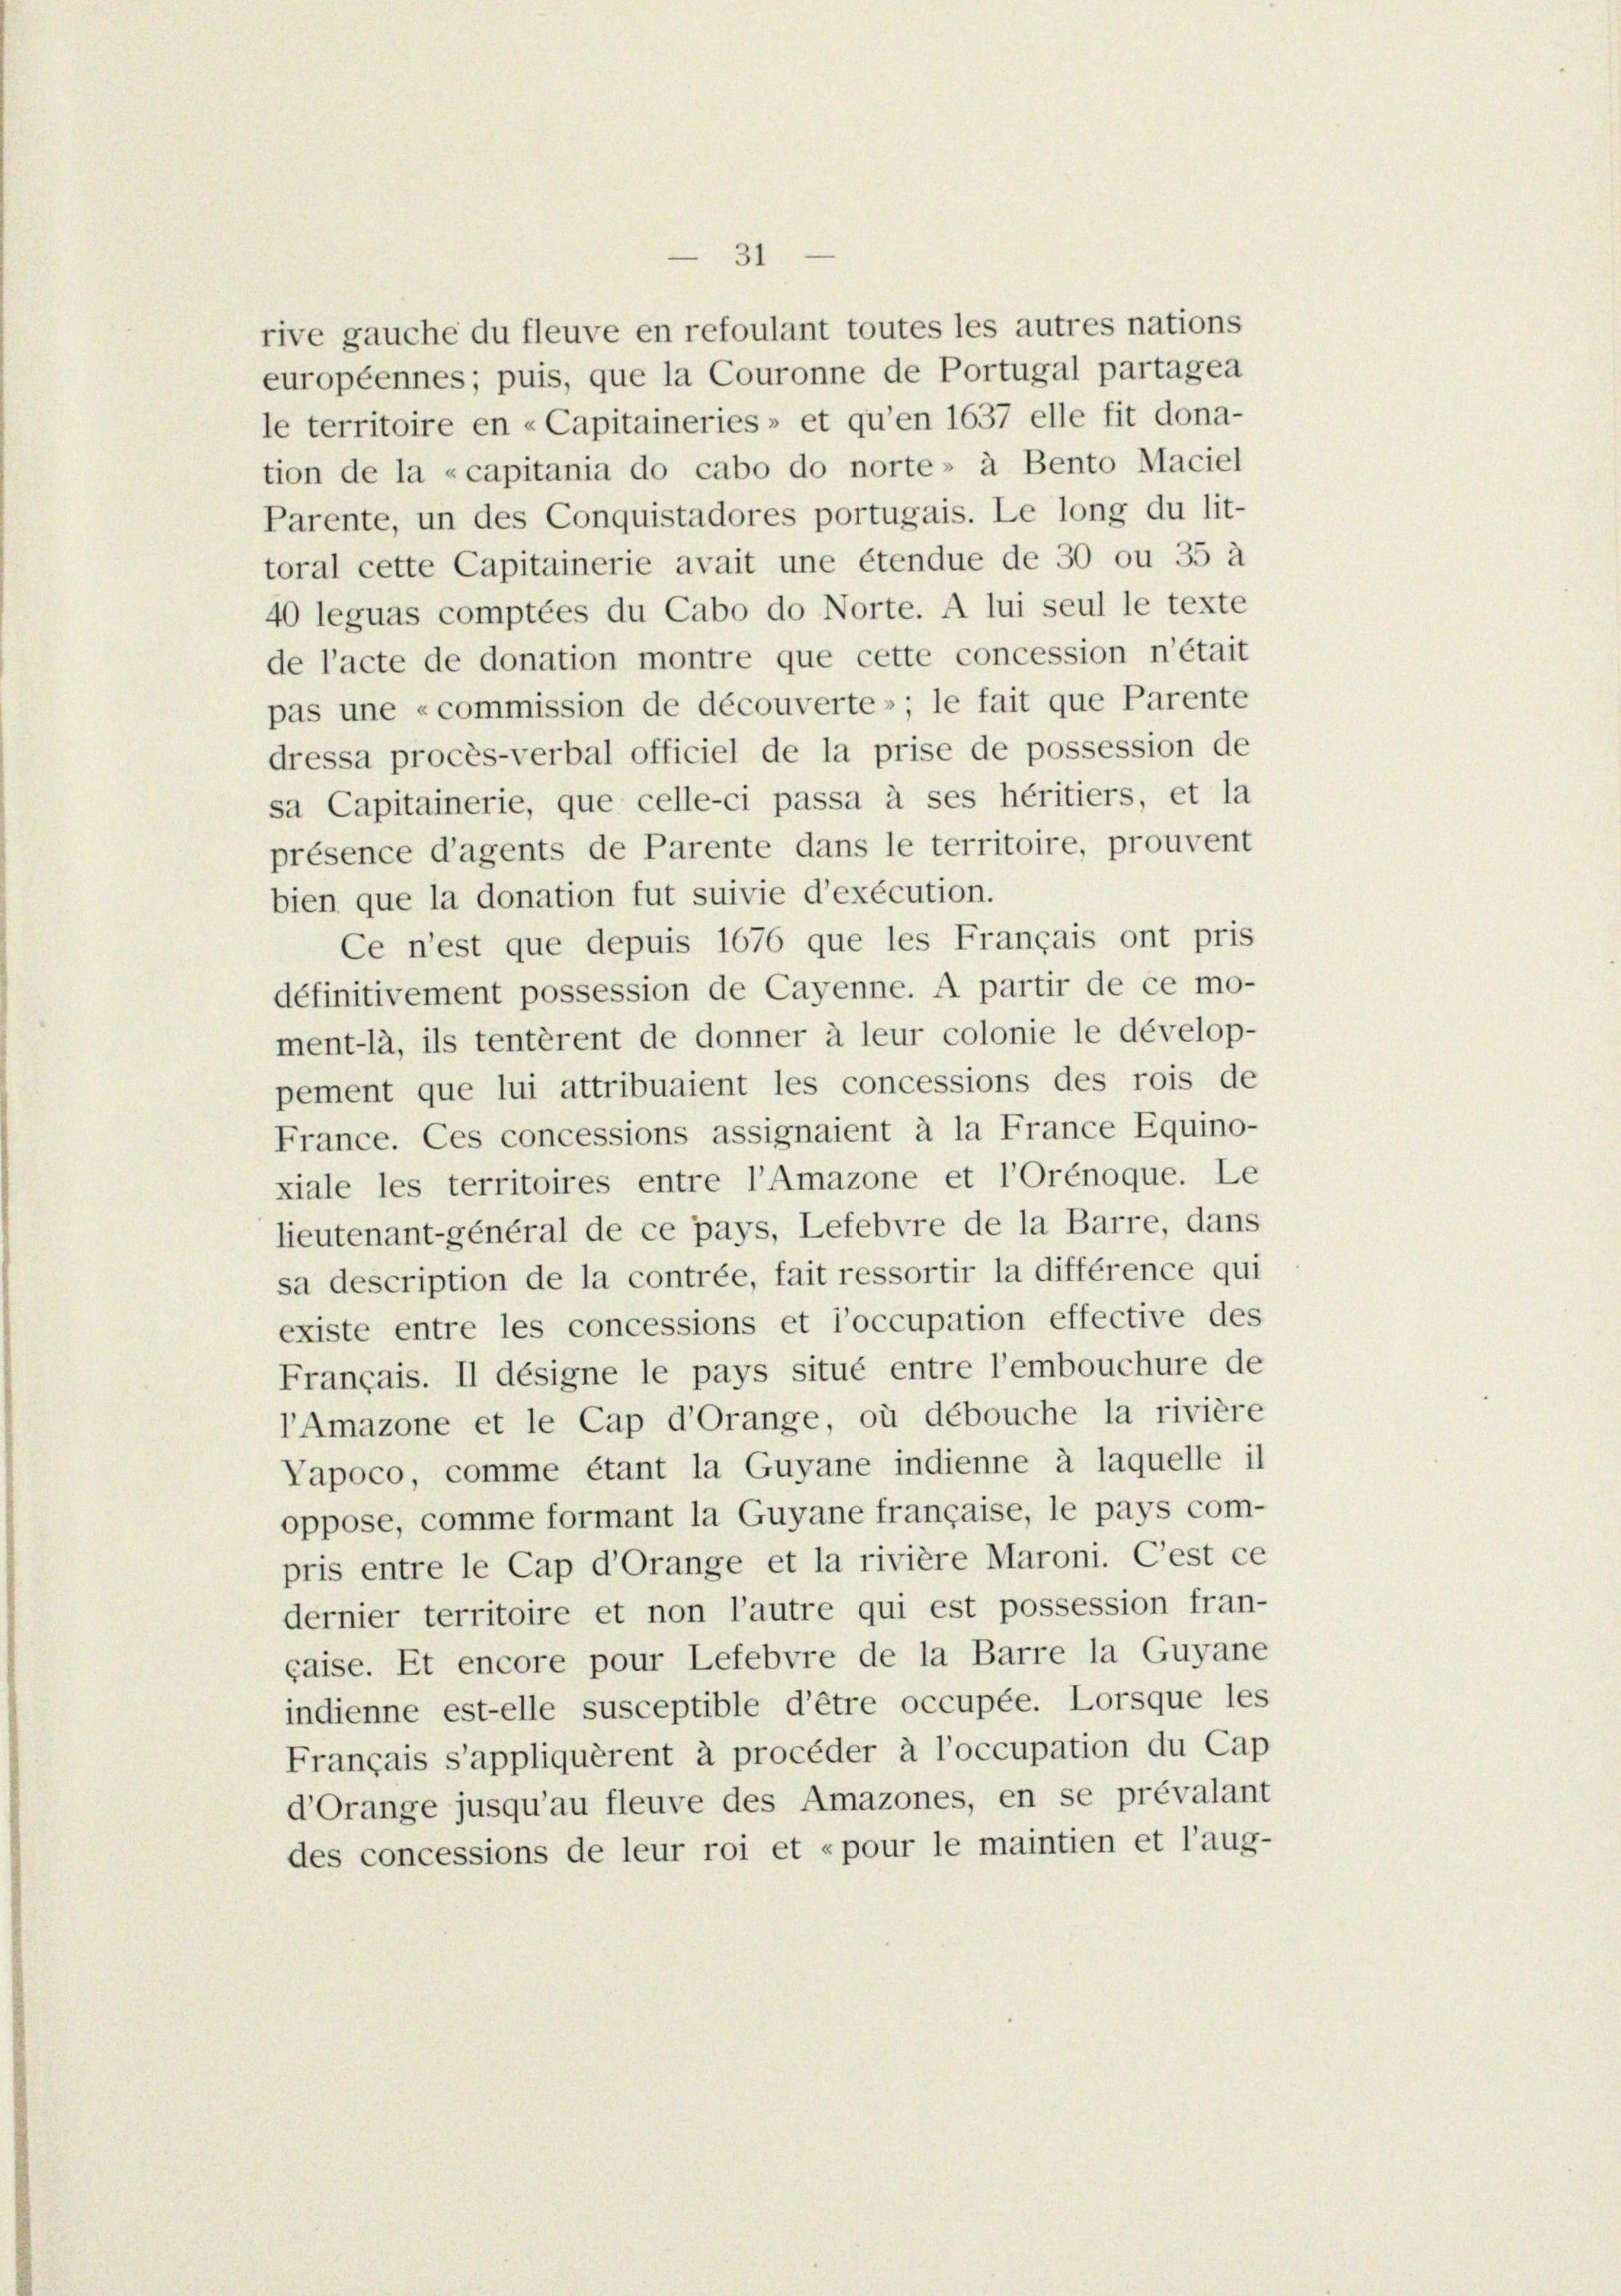
tion de la «capitania do cabo do norte» à Bento Maciel
Parente, un des Conquistadores portugais. Le long du lit-
toral cette Capitainerie avait une étendue de 30 ou 35 à
40 leguas comptées du Cabo do Norte. A lui seul le texte
de l’acte de donation montre que cette concession n’était
pas une «commission de découverte»; le fait que Parente
dressa procès-verbal officiel de la prise de possession de
sa Capitainerie, que celle-ci passa à ses héritiers, et la
présence d’agents de Parente dans le territoire, prouvent
bien que la donation fut suivie d’exécution.
Ce n’est que depuis 1676 que les Français ont pris
définitivement possession de Cayenne. A partir de ce mo-
ment-là, ils tentèrent de donner à leur colonie le dévelop-
pement que lui attribuaient les concessions des rois de
France. Ces concessions assignaient à la France Equino-
xiale les territoires entre l’Amazone et l’Orénoque. Le
lieutenant-général de ce pays, Lefebvre de la Barre, dans
sa description de la contrée, fait ressortir la différence qui
existe entre les concessions et l’occupation effective des
Français. Il désigne le pays situé entre l’embouchure de
l’Amazone et le Cap d’Orange, où debouche la rivière
Vapoco, comme étant la Guyane indienne à laquelle il
oppose, comme formant la Guyane française, le pays com-
pris entre le Cap d’Orange et la rivière Maroni. Cest ce
dernier territoire et non l’autre qui est possession fran-
caise. Et encore pour Lefebvre de la Barre la Guyane
indienne est-elle susceptible d’être occupée. Lorsque les
Français s’appliquèrent à procéder à l’occupation du Cap
d’Orange jusqu’au fleuve des Amazones, en se prévalant
des concessions de leur roi et «pour le maintien et l’aug-

rive gauche du fleuve en refoulant toutes les autres nations
européennes; puis, que la Couronne de Portugal partagea
le territoire en « Capitaineries» et qu’en 1637 elle fit dona-